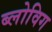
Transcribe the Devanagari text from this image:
ब्‍लोविग